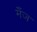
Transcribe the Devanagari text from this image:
मँज